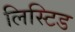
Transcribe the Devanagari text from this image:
लिस्टिड